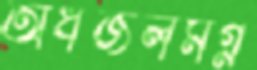
অর্ধজলমগ্ন